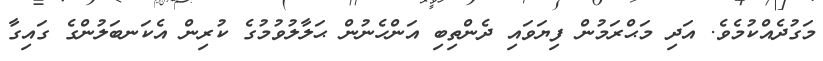
މަގުދެއްކުމެވެ. އަދި މަޙްރަމުން ފިޔަވައި ދެންތިބި އަންހެނުން ޙަލާލުވުމުގެ ކުރިން އެކަނބަލުންގެ ގައިގާ